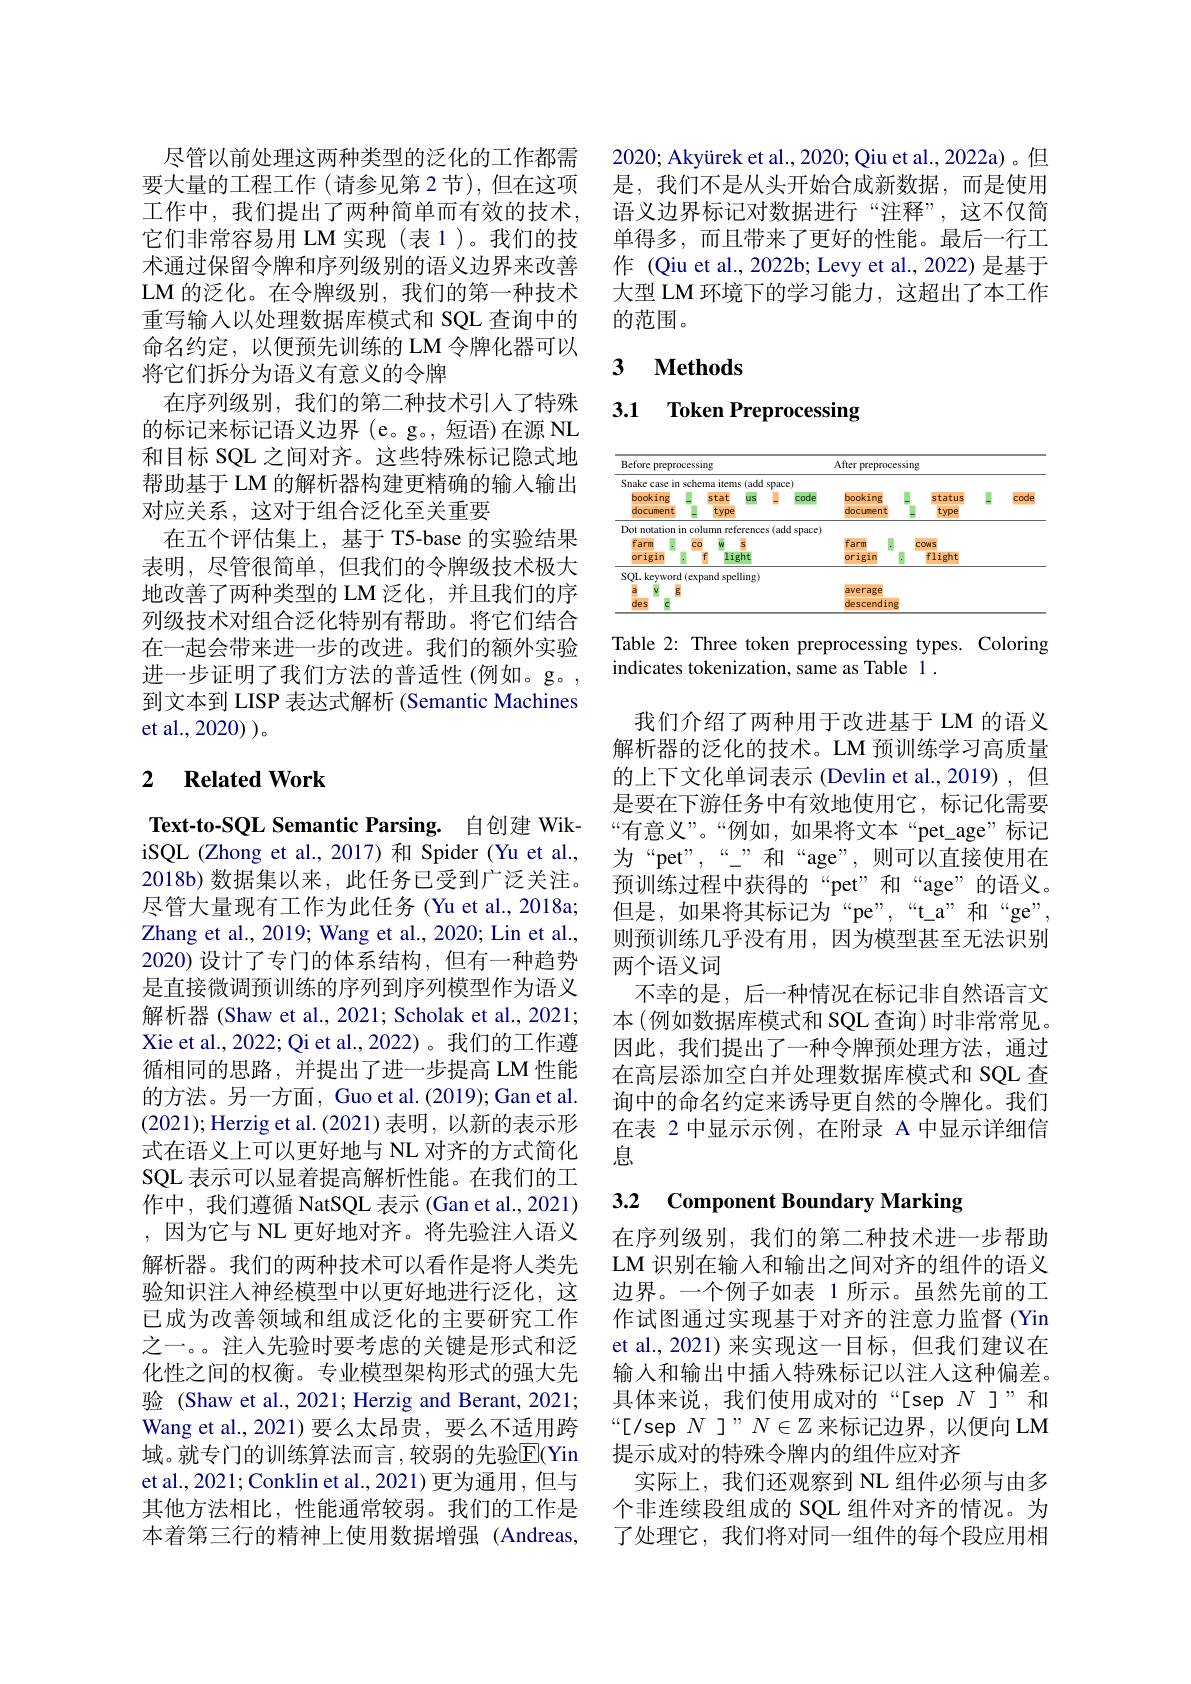
尽管以前处理这两种类型的泛化的工作都需要大量的工程工作 (请参见第 2 节),但在这项工作中，我们提出了两种简单而有效的技术， 它们非常容易用 LM 实现 (表 1)。我们的技术通过保留令牌和序列级别的语义边界来改善LM 的泛化。在令牌级别，我们的第一种技术重写输入以处理数据库模式和 SQL 查询中的命名约定，以便预先训练的 LM 令牌化器可以将它们拆分为语义有意义的令牌
在序列级别，我们的第二种技术引人了特殊的标记来标记语义边界(e。g。, 短语)在源 NL 和目标 SQL 之间对齐。这些特殊标记隐式地帮助基于 LM 的解析器构建更精确的输入输出对应关系，这对于组合泛化至关重要
在五个评估集上，基于 T5-base 的实验结果表明，尽管很简单，但我们的令牌级技术极大地改善了两种类型的 LM 泛化，并且我们的序列级技术对组合泛化特别有帮助。将它们结合在一起会带来进一步的改进。我们的额外实验进一步证明了我们方法的普适性(例如。g。, 到文本到 LISP 表达式解析 (Semantic Machines et al., 2020) )。

## 2 $\textbf{Related Work}$

Text-to-SQL Semantic Parsing. 自创建 WikiSQL (Zhong et al.,2017)和 Spider (Yu et al., 2018b)数据集以来，此任务已受到广泛关注。尽管大量现有工作为此任务 (Yu et al., 2018a; Zhang et al., 2019; Wang et al., 2020; Lin et al., 2020)设计了专门的体系结构，但有一种趋势是直接微调预训练的序列到序列模型作为语义解析器 (Shaw et al., 2021; Scholak et al., 2021; Xie et al., 2022; Qi et al., 2022)。我们的工作遵循相同的思路，并提出了进一步提高 LM 性能的方法。另一方面，Guo et al.(2019); Gan et al. (2021);Herzig et al.(2021)表明，以新的表示形式在语义上可以更好地与 NL 对齐的方式简化SQL 表示可以显着提高解析性能。在我们的工作中，我们遵循 NatSQL 表示 (Gan et al.,2021) ,因为它与 NL 更好地对齐。将先验注人语义解析器。我们的两种技术可以看作是将人类先验知识注人神经模型中以更好地进行泛化，这已成为改善领域和组成泛化的主要研究工作之一。。注人先验时要考虑的关键是形式和泛化性之间的权衡。专业模型架构形式的强大先验 (Shaw et al., 2021; Herzig and Berant, 2021; Wang et al., 2021) 要么太昂贵，要么不适用跨域。就专门的训练算法而言，较弱的先验E(Yin et al., 2021; Conklin et al., 2021) 更为通用，但与其他方法相比，性能通常较弱。我们的工作是本着第三行的精神上使用数据增强(Andreas,

2020; Akyürek et al., 2020; Qiu et al., 2022a)。但是，我们不是从头开始合成新数据，而是使用语义边界标记对数据进行“注释”,这不仅简单得多，而且带来了更好的性能。最后一行工作 (Qiu et al., 2022b; Levy et al., 2022) 是基于大型 LM 环境下的学习能力，这超出了本工作的范围。

### $\textbf{3}$ $\textbf{Methods}$

3.1 Token Preprocessing

<table>
	<tbody>
		<tr>
			<th>Before =preprocessing</th>
			<th> </th>
			<th> </th>
			<th> </th>
			<th>After F Prepro</th>
			<th>cssi</th>
			<th>$g$</th>
			<th> </th>
			<th> </th>
		</tr>
		<tr>
			<th>Snake case in schema itc booking sta1 document tyF</th>
			<th>items (add SF tat us type</th>
			<th>space) I code</th>
			<th>$z)$ code</th>
			<th>booking document</th>
			<th> </th>
			<th>status type</th>
			<th>I</th>
			<th>code</th>
		</tr>
		<tr>
			<td>Dot notation in column</td>
			<td>n references</td>
			<td>(add space)</td>
			<td>d space)</td>
			<td> </td>
			<td> </td>
			<td> </td>
			<td> </td>
			<td> </td>
		</tr>
		<tr>
			<td>farm CO W</td>
			<td>W 5</td>
			<td> </td>
			<td> </td>
			<td>farm</td>
			<td> </td>
			<td>CONS</td>
			<td> </td>
			<td> </td>
		</tr>
		<tr>
			<td>origin</td>
			<td>light</td>
			<td> </td>
			<td> </td>
			<td>origin</td>
			<td>·</td>
			<td>flight</td>
			<td> </td>
			<td> </td>
		</tr>
		<tr>
			<td>SQL keyword (expand</td>
			<td>d spelling)</td>
			<td> </td>
			<td> </td>
			<td> </td>
			<td> </td>
			<td> </td>
			<td> </td>
			<td> </td>
		</tr>
		<tr>
			<td>a $V$ $g$</td>
			<td> </td>
			<td> </td>
			<td> </td>
			<td>average</td>
			<td> </td>
			<td> </td>
			<td> </td>
			<td> </td>
		</tr>
		<tr>
			<td>des C</td>
			<td> </td>
			<td> </td>
			<td> </td>
			<td>descendi</td>
			<td>Ig</td>
			<td> </td>
			<td> </td>
			<td> </td>
		</tr>
	</tbody>
</table>

Table 2: Three token preprocessing types. Coloring
indicates tokenization, same as Table 1 .

我们介绍了两种用于改进基于 LM 的语义解析器的泛化的技术。LM 预训练学习高质量的上下文化单词表示 (Devlin et al.,2019),但是要在下游任务中有效地使用它，标记化需要“有意义”。“例如，如果将文本“pet$\_age”标记$ 为“pet”,“”和“age”,则可以直接使用在预训练过程中获得的“pet”和“age”的语义。但是，如果将其标记为“pe”,“t_a”和“ge”, 则预训练几乎没有用，因为模型甚至无法识别两个语义词
不幸的是，后一种情况在标记非自然语言文本 (例如数据库模式和 SQL 查询) 时非常常见。因此，我们提出了一种令牌预处理方法，通过在高层添加空白并处理数据库模式和 SQL 查询中的命名约定来诱导更自然的令牌化。我们在表 2 中显示示例，在附录 A 中显示详细信息

# 3.2 Component Boundary Marking

在序列级别，我们的第二种技术进一步帮助LM 识别在输入和输出之间对齐的组件的语义边界。一个例子如表 1 所示。虽然先前的工作试图通过实现基于对齐的注意力监督 (Yin et al., 2021) 来实现这一目标，但我们建议在输入和输出中插人特殊标记以注人这种偏差。具体来说，我们使用成对的“[sep $N$ ]”和“[/sep $N$ ]”$N\in\mathbb{Z}$来标记边界，以便向 LM 提示成对的特殊令牌内的组件应对齐
实际上，我们还观察到 NL 组件必须与由多个非连续段组成的 SQL 组件对齐的情况。为了处理它，我们将对同一组件的每个段应用相